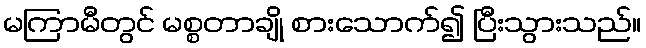
မကြာမီတွင် မစ္စတာချို စားသောက်၍ ပြီးသွားသည်။